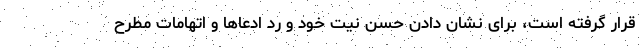
قرار گرفته است، برای نشان دادن حسن نیت خود و رد ادعاها و اتهامات مطرح